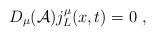
LaTeX: \begin{align*}D_\mu({\cal A})j^{\mu}_L(x,t)=0\ ,\end{align*}